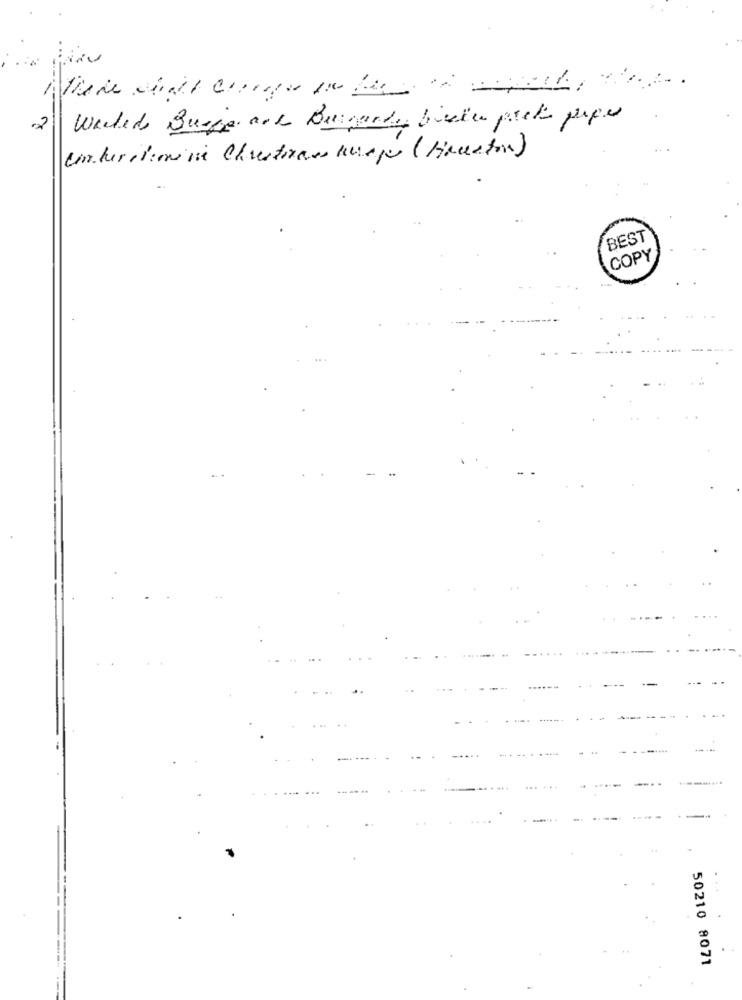
Werdeds Burger are Burgerder bieten prete peper
2
Conterilerine Chiestoass wasps ( Haceston)
BEST
COPY
50210 8071